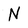
Character: N